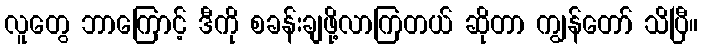
လူတွေ ဘာကြောင့် ဒီကို စခန်းချဖို့လာကြတယ် ဆိုတာ ကျွန်တော် သိပြီ။